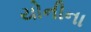
યોનીના